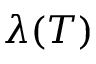
\lambda ( T )